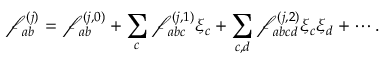
\mathcal { f } _ { a b } ^ { ( j ) } = \mathcal { f } _ { a b } ^ { ( j , 0 ) } + \sum _ { c } \mathcal { f } _ { a b c } ^ { ( j , 1 ) } \xi _ { c } + \sum _ { c , d } \mathcal { f } _ { a b c d } ^ { ( j , 2 ) } \xi _ { c } \xi _ { d } + \cdots .